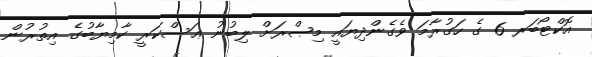
އޮކްޓޯބަރ 6 ގެ ހަގުރާމަ ވެގެންދިޔައީ މިޞްރަށް ލިބުނު ޢަސްކަރީ ކާމިޔާބުގެ އިތުރުން